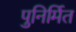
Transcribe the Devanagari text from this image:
पुनिर्मित